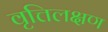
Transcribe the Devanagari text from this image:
वृत्तिलक्षण